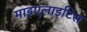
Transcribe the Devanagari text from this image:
माइएलाइटिस